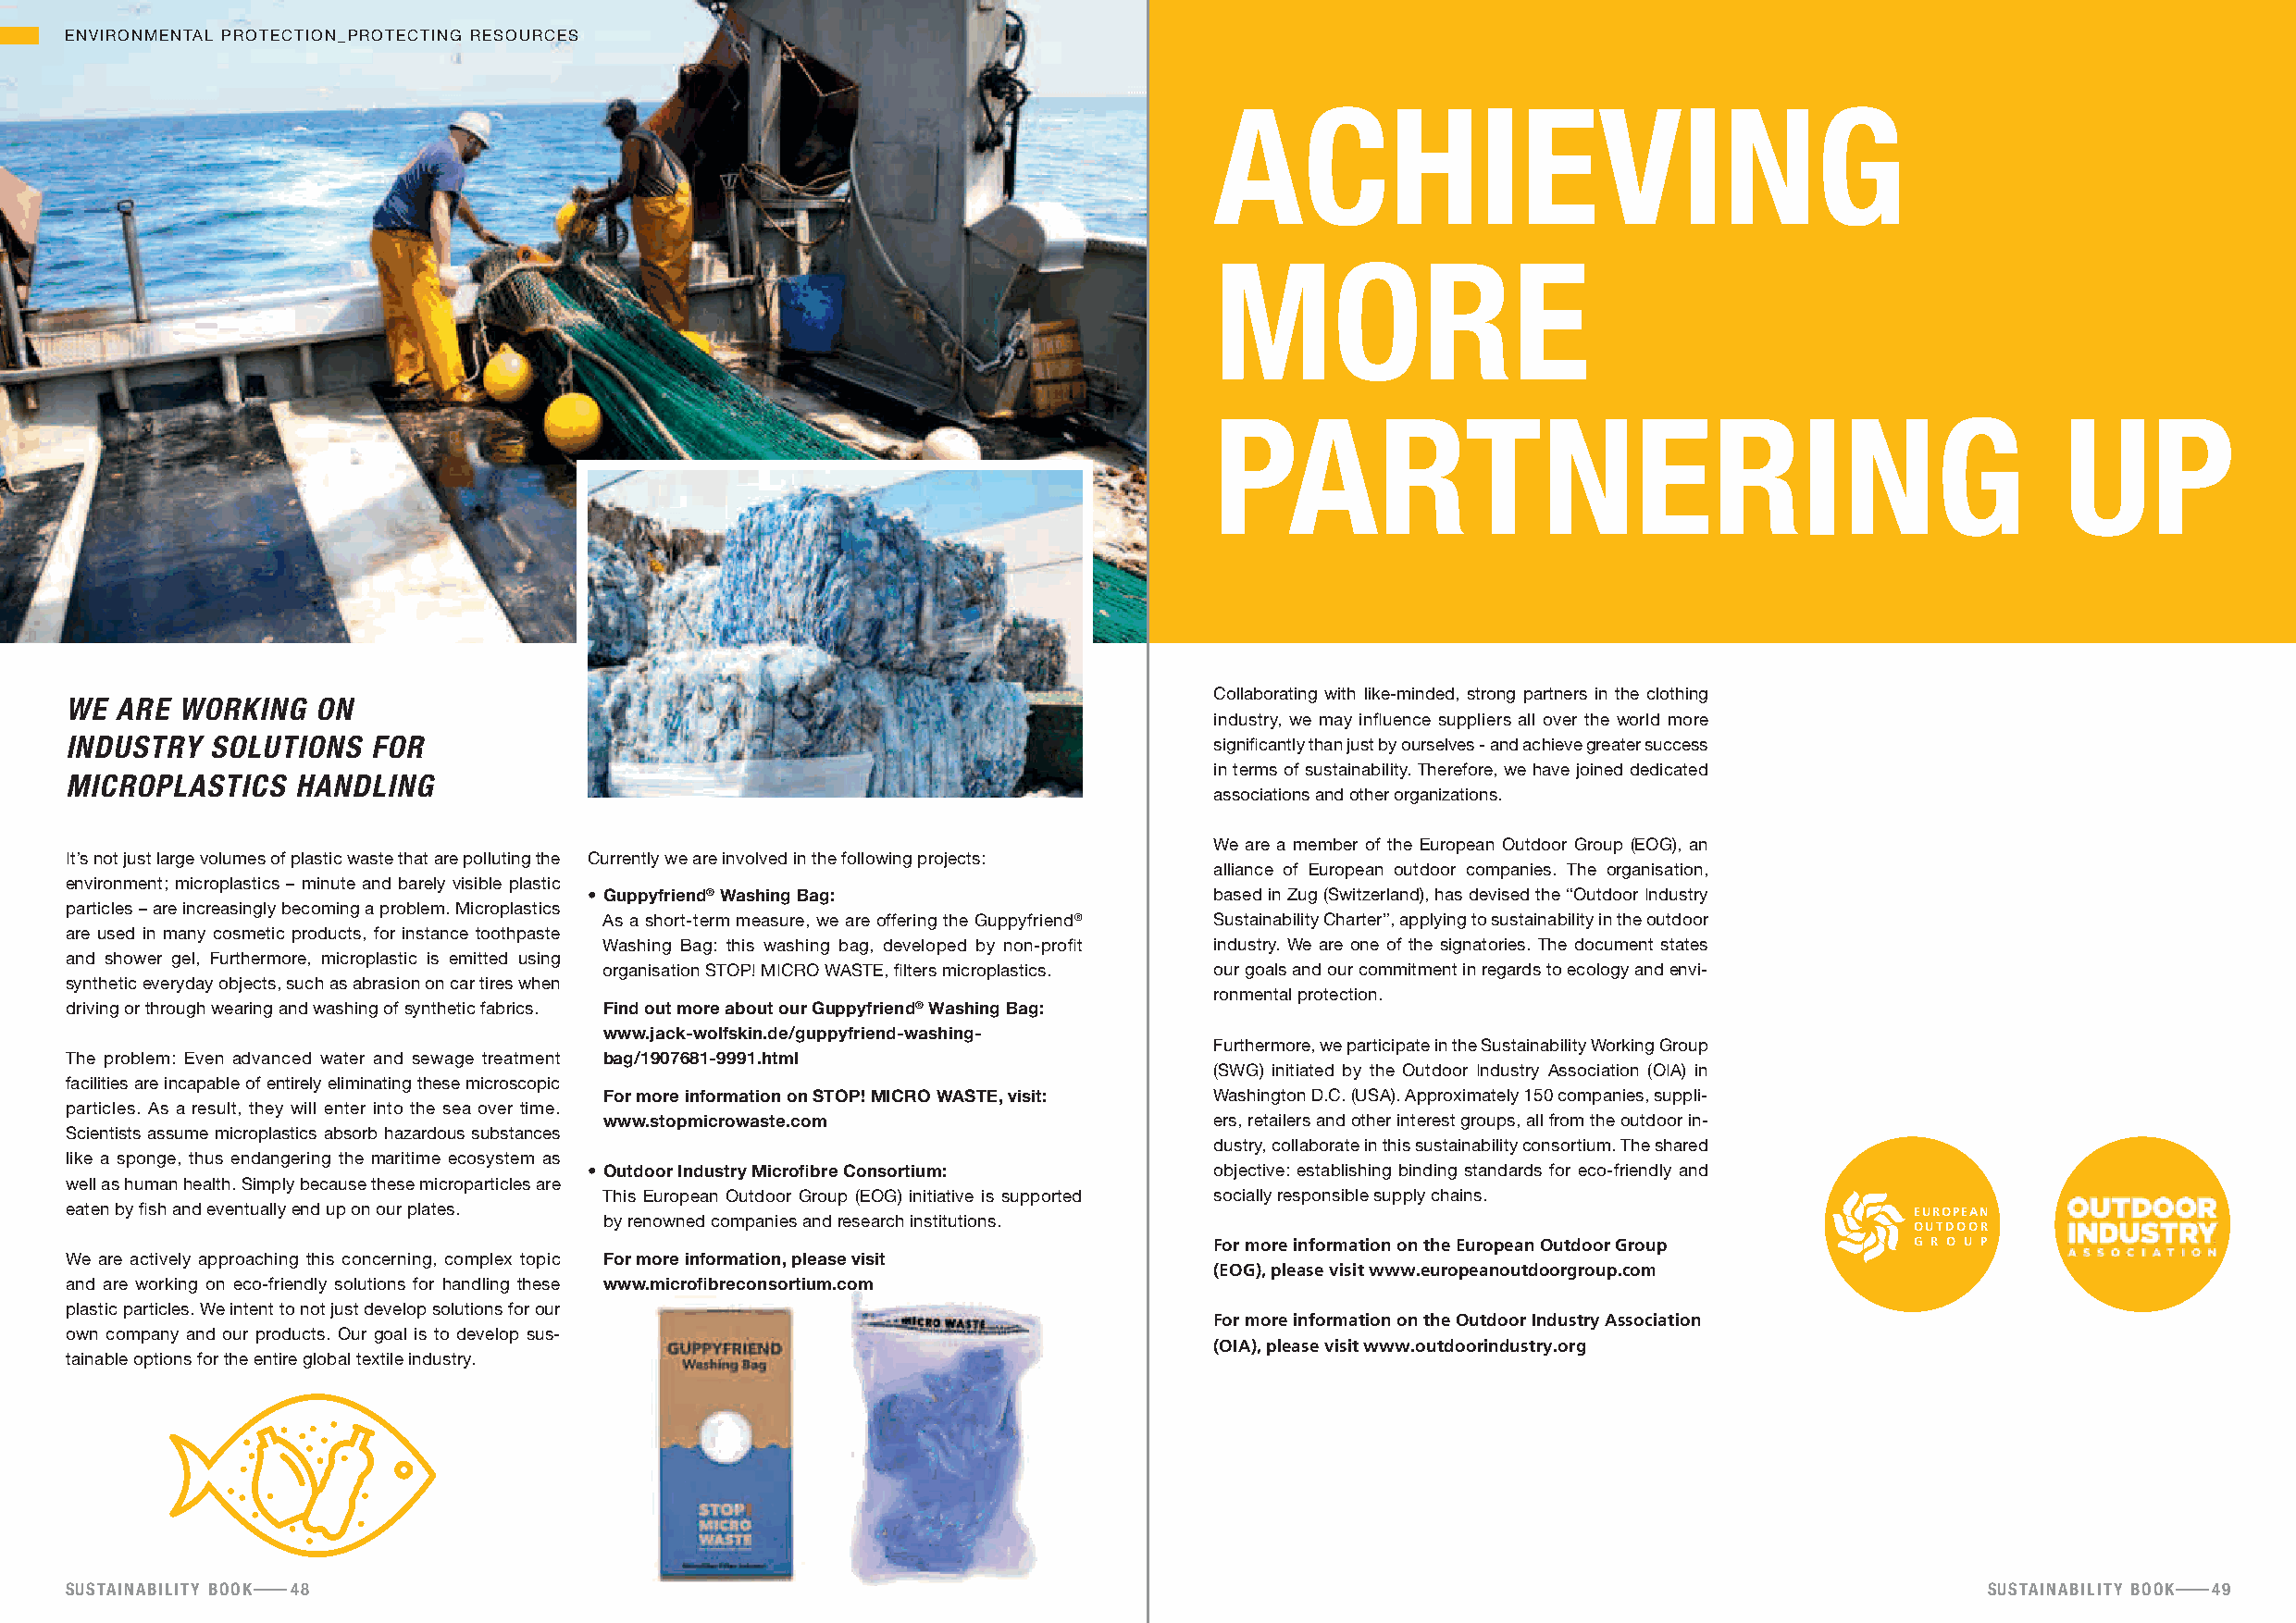
ENVIRONMENTAL PROTECTION_PROTECTING RESOURCES
 achieving
 more
 Partnering                                                   uP
 Collaborating with like-minded, strong partners in the clothing
 we aRe woRking   on
 industry, we may influence suppliers all over the world more
 industRy  solutions   foR                                                         significantly than just by ourselves - and achieve greater success
 in terms of sustainability. Therefore, we have joined dedicated
 micRoPlastics   handling
 associations and other organizations.
 We are a member of the European Outdoor Group (EOG), an
 It’s not just large volumes of plastic waste that are polluting the Currently we are involved in the following projects:
 alliance of European outdoor companies. The organisation,
 environment; microplastics – minute and barely visible plastic
 • guppyfriend® washing bag:                  based in Zug (Switzerland), has devised the “Outdoor Industry
 particles – are increasingly becoming a problem. Microplastics
 As a short-term measure, we are offering the Guppyfriend® Sustainability Charter”, applying to sustainability in the outdoor
 are used in many cosmetic products, for instance toothpaste
 Washing Bag: this washing bag, developed by non-profit industry. We are one of the signatories. The document states
 and shower gel, Furthermore, microplastic is emitted using
 organisation STOP! MICRO WASTE, filters microplastics. our goals and our commitment in regards to ecology and envi-
 synthetic everyday objects, such as abrasion on car tires when
 ronmental protection.
 driving or through wearing and washing of synthetic fabrics. find out more about our guppyfriend® washing bag:
 www.jack-wolfskin.de/guppyfriend-washing-
 Furthermore, we participate in the Sustainability Working Group
 The problem: Even advanced water and sewage treatment bag/1907681-9991.html
 (SWG) initiated by the Outdoor Industry Association (OIA) in
 facilities are incapable of entirely eliminating these microscopic
 for more information on stop! micro wastE, visit: Washington D.C. (USA). Approximately 150 companies, suppli-
 particles. As a result, they will enter into the sea over time.
 www.stopmicrowaste.com                      ers, retailers and other interest groups, all from the outdoor in-
 Scientists assume microplastics absorb hazardous substances
 dustry, collaborate in this sustainability consortium. The shared
 like a sponge, thus endangering the maritime ecosystem as
 • outdoor industry microfibre consortium:    objective: establishing binding standards for eco-friendly and
 well as human health. Simply because these microparticles are
 This European Outdoor Group (EOG) initiative is supported socially responsible supply chains.
 eaten by fish and eventually end up on our plates.
 EUROPEAN
 by renowned companies and research institutions.
 OUTDOOR
 For more information on the European Outdoor Group G R O U P
 We are actively approaching this concerning, complex topic for more information, please visit
 (EOG), please visit www.europeanoutdoorgroup.com
 and are working on eco-friendly solutions for handling these www.microfibreconsortium.com
 plastic particles. We intent to not just develop solutions for our
 For more information on the Outdoor Industry Association
 own company and our products. Our goal is to develop sus-
 (OIA), please visit www.outdoorindustry.org
 tainable options for the entire global textile industry.
 sustainability booK 48                                                                                                                   sustainability booK 49